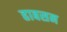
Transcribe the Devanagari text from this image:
हाबसन